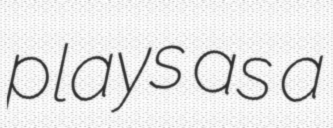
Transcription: plays as a